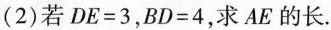
(2)若$$D E = 3$$，$$B D = 4$$，求AE的长.